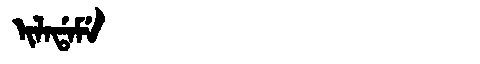
Manchu: ᡳᠯᠠᡩᠠᠮᡝ
Romanization: ILADAME